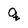
Character: q